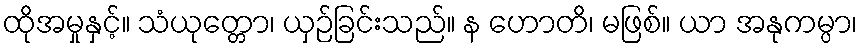
ထိုအမှုနှင့်။ သံယုတ္တော၊ ယှဉ်ခြင်းသည်။ န ဟောတိ၊ မဖြစ်။ ယာ အနုကမ္ပာ၊